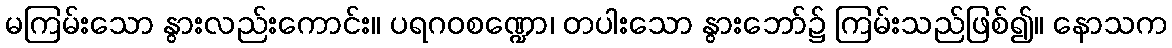
မကြမ်းသော နွားလည်းကောင်း။ ပရဂဝစဏ္ဍော၊ တပါးသော နွားဘော်၌ ကြမ်းသည်ဖြစ်၍။ နောသက